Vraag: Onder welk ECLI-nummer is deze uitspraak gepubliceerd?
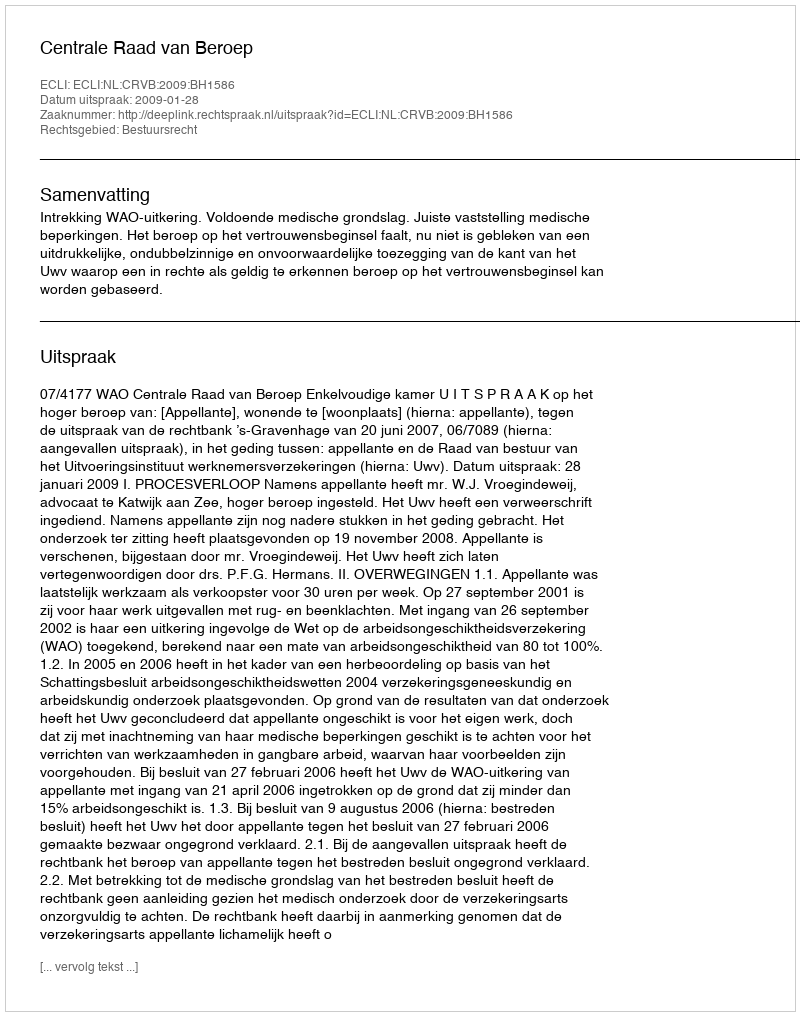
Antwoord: ECLI:NL:CRVB:2009:BH1586